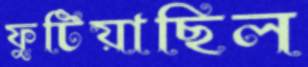
ফুটিয়াছিল